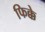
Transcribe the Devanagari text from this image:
फिक्के